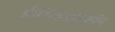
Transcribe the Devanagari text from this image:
ग्रीटिंग्सडॉटकॉम